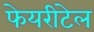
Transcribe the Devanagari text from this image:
फेयरीटेल